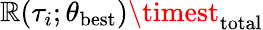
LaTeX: \mathbb{R}(\tau_{i};\theta_{\textrm{{best}}})\timest_{\textrm{{total}}}